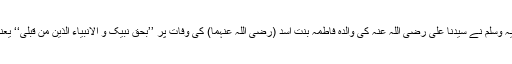
کیا یہ ثابت ہے کہ رسول اللہ صلی اللہ علیہ وسلم نے سیدنا علی رضی اللہ عنہ کی والدہ فاطمہ بنت اسد (رضی اللہ عنہما) کی وفات پر ’’بحق نبیک و الانبیاء الذین من قبلی‘‘ یعنی انبیاء کے وسیلے سے دعا مانگی تھی؟